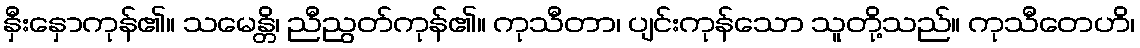
နှီးနှောကုန်၏။ သမေန္တိ၊ ညီညွတ်ကုန်၏။ ကုသီတာ၊ ပျင်းကုန်သော သူတို့သည်။ ကုသီတေဟိ၊